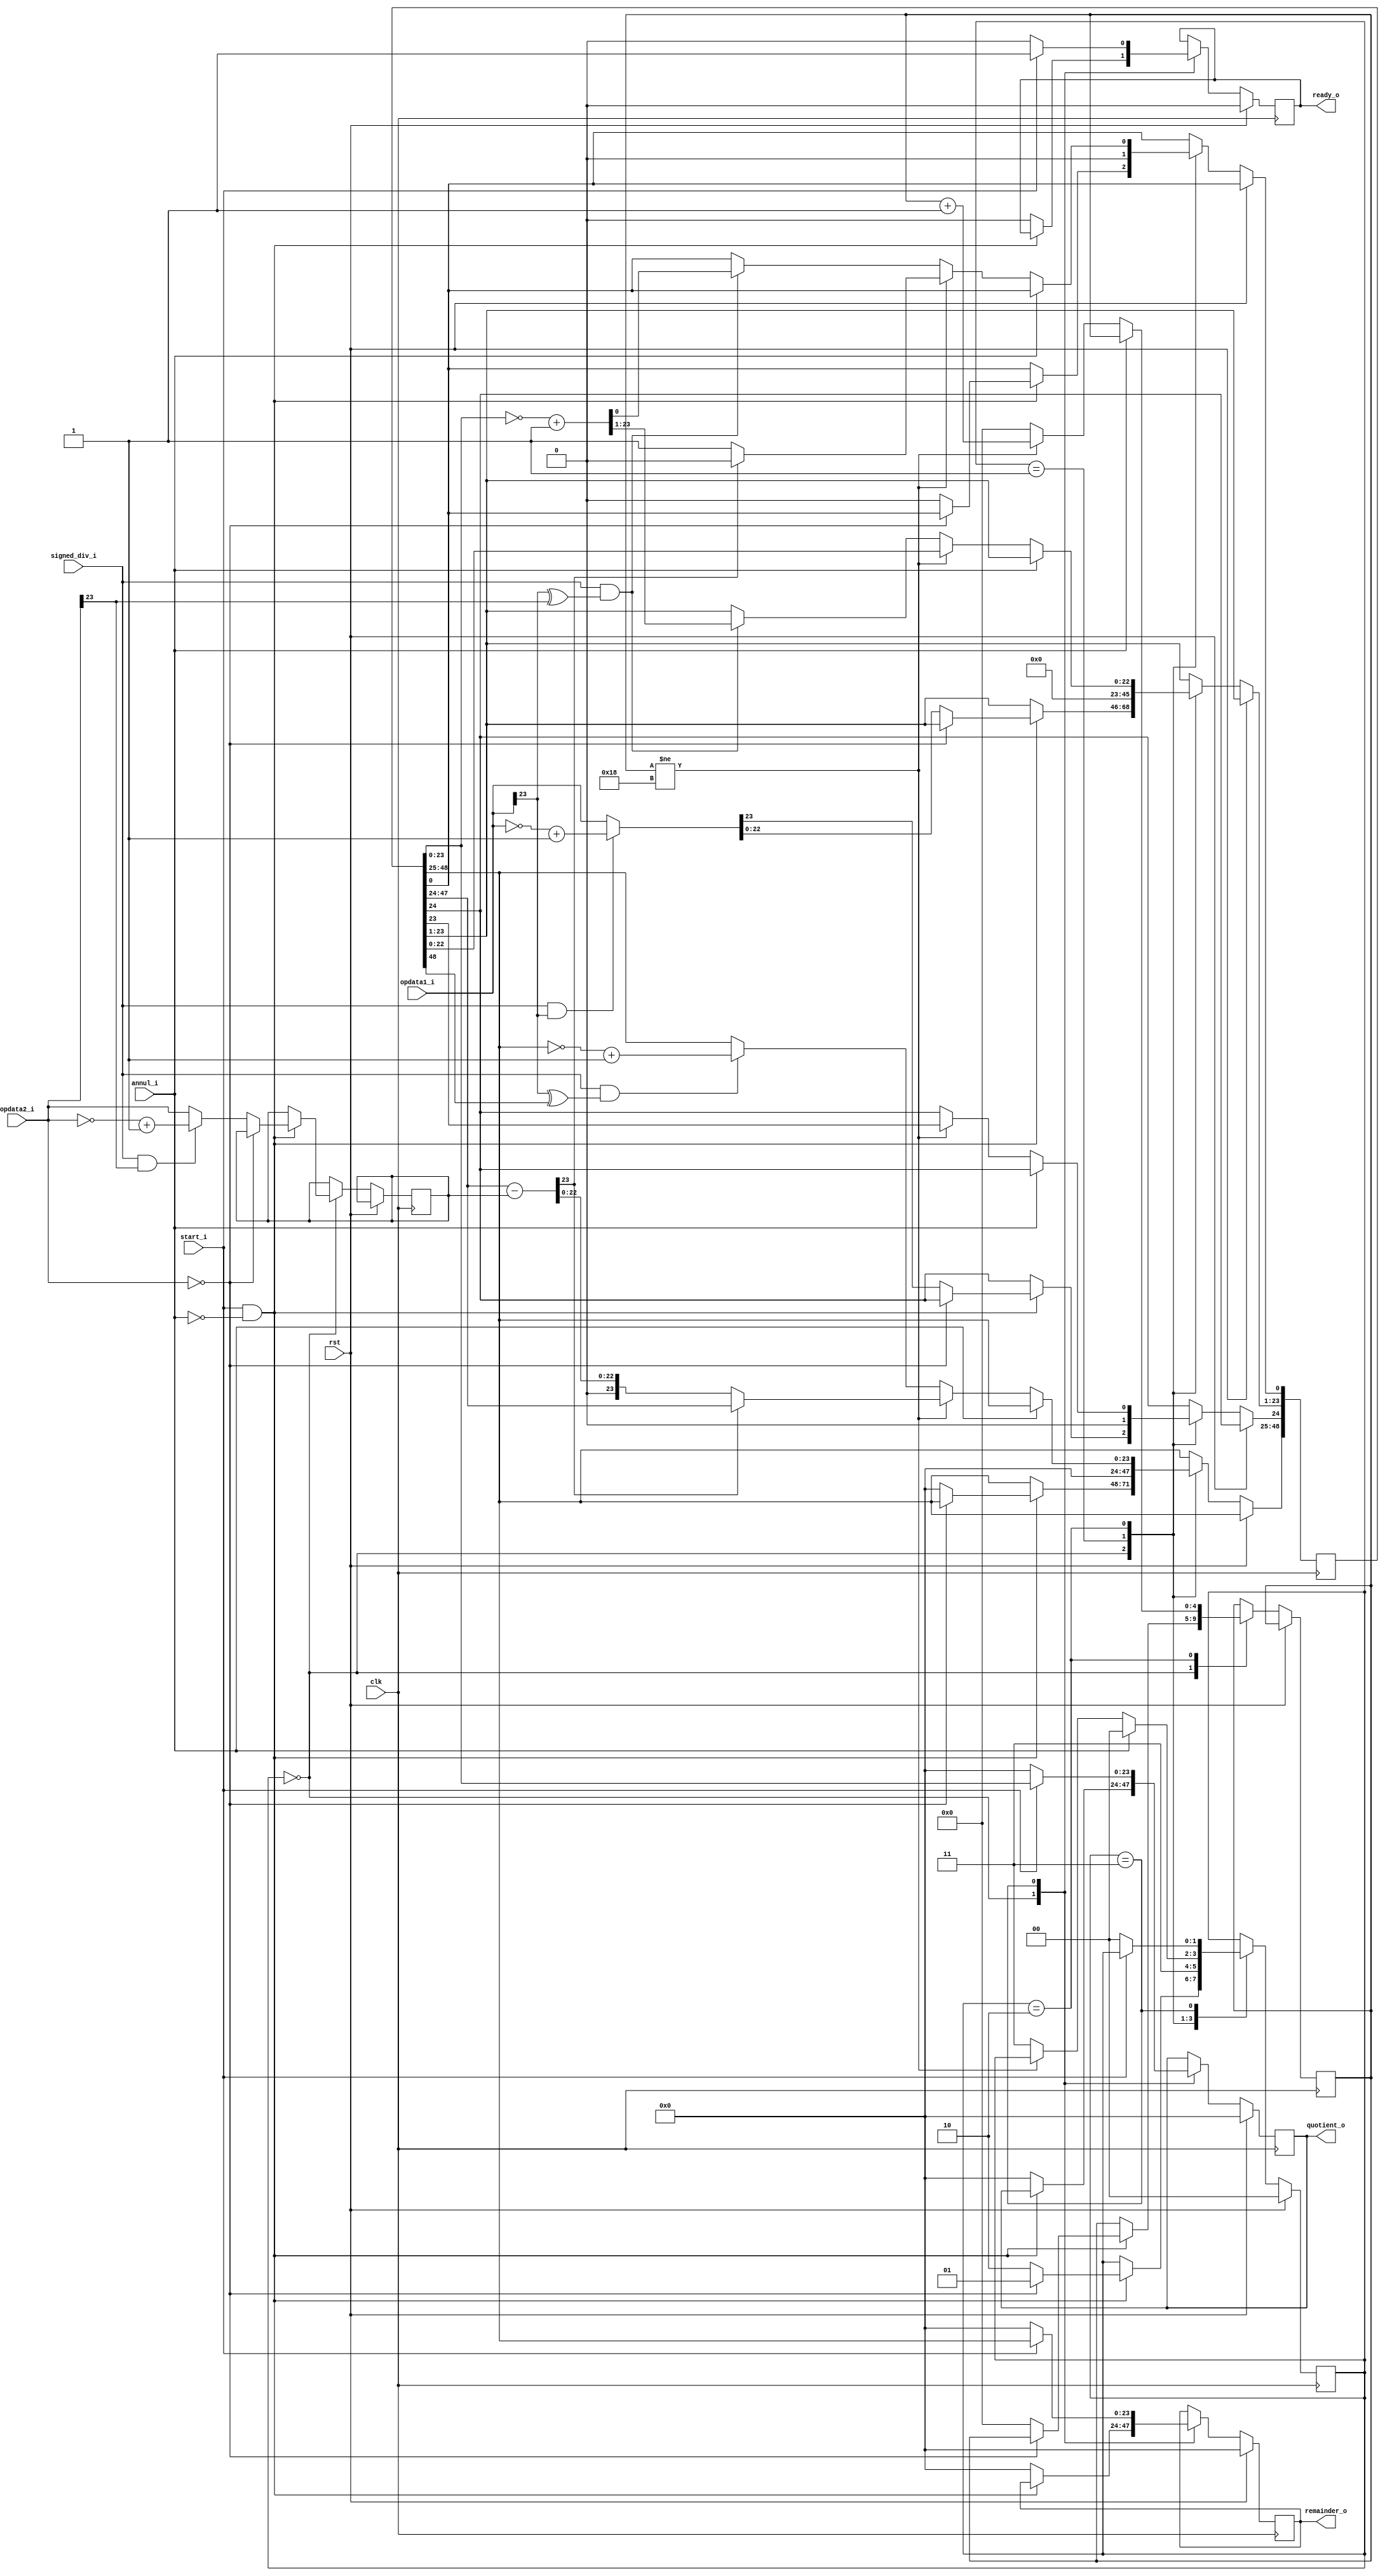
`define DivFree 			2'b00
`define DivByZero 			2'b01
`define DivOn 				2'b10
`define DivEnd 				2'b11
`define DivResultReady 		1'b1
`define DivResultNotReady 	1'b0
`define DivStart 			1'b1
`define DivStop 			1'b0
`define ZeroWord			24'b0

module div(

	input	wire			clk,
	input wire				rst,

	input wire				signed_div_i,
	input wire[23:0]		opdata1_i,
	input wire[23:0]		opdata2_i,
	input wire 				start_i,
	input wire				annul_i,
	
	output reg[23:0]		quotient_o,
	output reg[23:0]		remainder_o,
	output reg				ready_o
);

	wire[24:0] div_temp;
	reg[4:0] cnt;
	reg[48:0] dividend;
	reg[1:0] state;
	reg[23:0] divisor;
	reg[23:0] temp_op1;
	reg[23:0] temp_op2;
	//reg[47:0] result_o;

	assign div_temp = {1'b0,dividend[47:24]} - {1'b0,divisor};

	always @ (posedge clk) begin
		if (rst == 1'b1) begin
			state <= `DivFree;
			ready_o <= `DivResultNotReady;
			remainder_o <= 24'b0;
			quotient_o <= 24'b0;
			//result_o <= {24'b0, 24'b0};
		end else begin
			case (state)
				`DivFree: begin
					if(start_i == `DivStart && annul_i == 1'b0) begin
						if(opdata2_i == 24'b0) begin
							state <= `DivByZero;
						end else begin
							state <= `DivOn;
							cnt <= 5'b00000;
							if(signed_div_i == 1'b1 && opdata1_i[23] == 1'b1 ) begin
								temp_op1 = ~opdata1_i + 1;
							end else begin
								temp_op1 = opdata1_i;
							end
							if(signed_div_i == 1'b1 && opdata2_i[23] == 1'b1 ) begin
								temp_op2 = ~opdata2_i + 1;
							end else begin
								temp_op2 = opdata2_i;
							end
							dividend <= {`ZeroWord,`ZeroWord};
							dividend[24:1] <= temp_op1;
							divisor <= temp_op2;
						end
					end else begin
						ready_o <= `DivResultNotReady;
						remainder_o <= 24'b0;
						quotient_o <= 24'b0;
						//result_o <= {`ZeroWord,`ZeroWord};

					end
				end

				`DivByZero:		begin
					dividend <= {`ZeroWord,`ZeroWord};
					state <= `DivEnd;
				end
				
				`DivOn: begin
					if(annul_i == 1'b0) begin
						if(cnt != 5'b11000) begin
							if(div_temp[23] == 1'b1) begin
								dividend <= {dividend[47:0] , 1'b0};
							end else begin
								dividend <= {div_temp[23:0] , dividend[23:0] , 1'b1};
							end
							cnt <= cnt + 1'b1;
						end else begin
							if((signed_div_i == 1'b1) && ((opdata1_i[23] ^ opdata2_i[23]) == 1'b1)) begin
								dividend[23:0] <= (~dividend[23:0] + 1);
							end
							if((signed_div_i == 1'b1) && ((opdata1_i[23] ^ dividend[48]) == 1'b1)) begin
								dividend[48:25] <= (~dividend[48:25] + 1);
							end
							state <= `DivEnd;
							cnt <= 5'b00000;
						end
					end else begin
						state <= `DivFree;
					end	
				end

				`DivEnd: begin
					remainder_o <= dividend[48:25];
					quotient_o <= dividend[23:0];
					//result_o <= {dividend[48:25], dividend[23:0]};
					ready_o <= `DivResultReady;
					if(start_i == `DivStop) begin
						state <= `DivFree;
						ready_o <= `DivResultNotReady;
						remainder_o <= 24'b0;
						quotient_o <= 24'b0;
						//result_o <= {`ZeroWord,`ZeroWord};
					end
				end
			endcase
		end
	end

endmodule